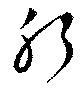
肝